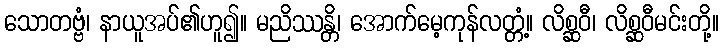
သောတဗ္ဗံ၊ နာယူအပ်၏ဟူ၍။ မညိဿန္တိ၊ အောက်မေ့ကုန်လတ္တံ့။ လိစ္ဆဝီ၊ လိစ္ဆဝီမင်းတို့။